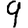
Digit: 9